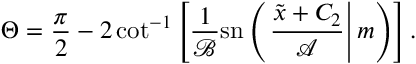
\Theta = \frac { \pi } { 2 } - 2 \cot ^ { - 1 } \left[ \frac { 1 } { \mathcal { B } } \mathrm { s n } \left( \left. \frac { \tilde { x } + C _ { 2 } } { \mathcal { A } } \right| m \right) \right] .